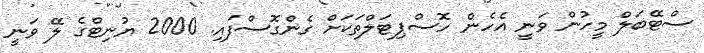
ސްޓޭބަލް މީހުން ވަނީ އެހެން ހޮސްޕިޓަލްތަކަށް ގެންގޮސްފައި. 2000 ޔުނިޓްގެ ލޭ ވަނީ